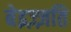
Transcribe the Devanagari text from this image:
बेइज़्ज़ति